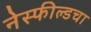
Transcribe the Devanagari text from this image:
नेस्फील्डचा